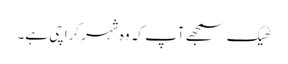
ٹھیک سمجھے آپ کہ وہ شہر کراچی ہے۔